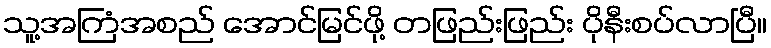
သူ့အကြံအစည် အောင်မြင်ဖို့ တဖြည်းဖြည်း ပိုနီးစပ်လာပြီ။